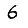
Digit: 6